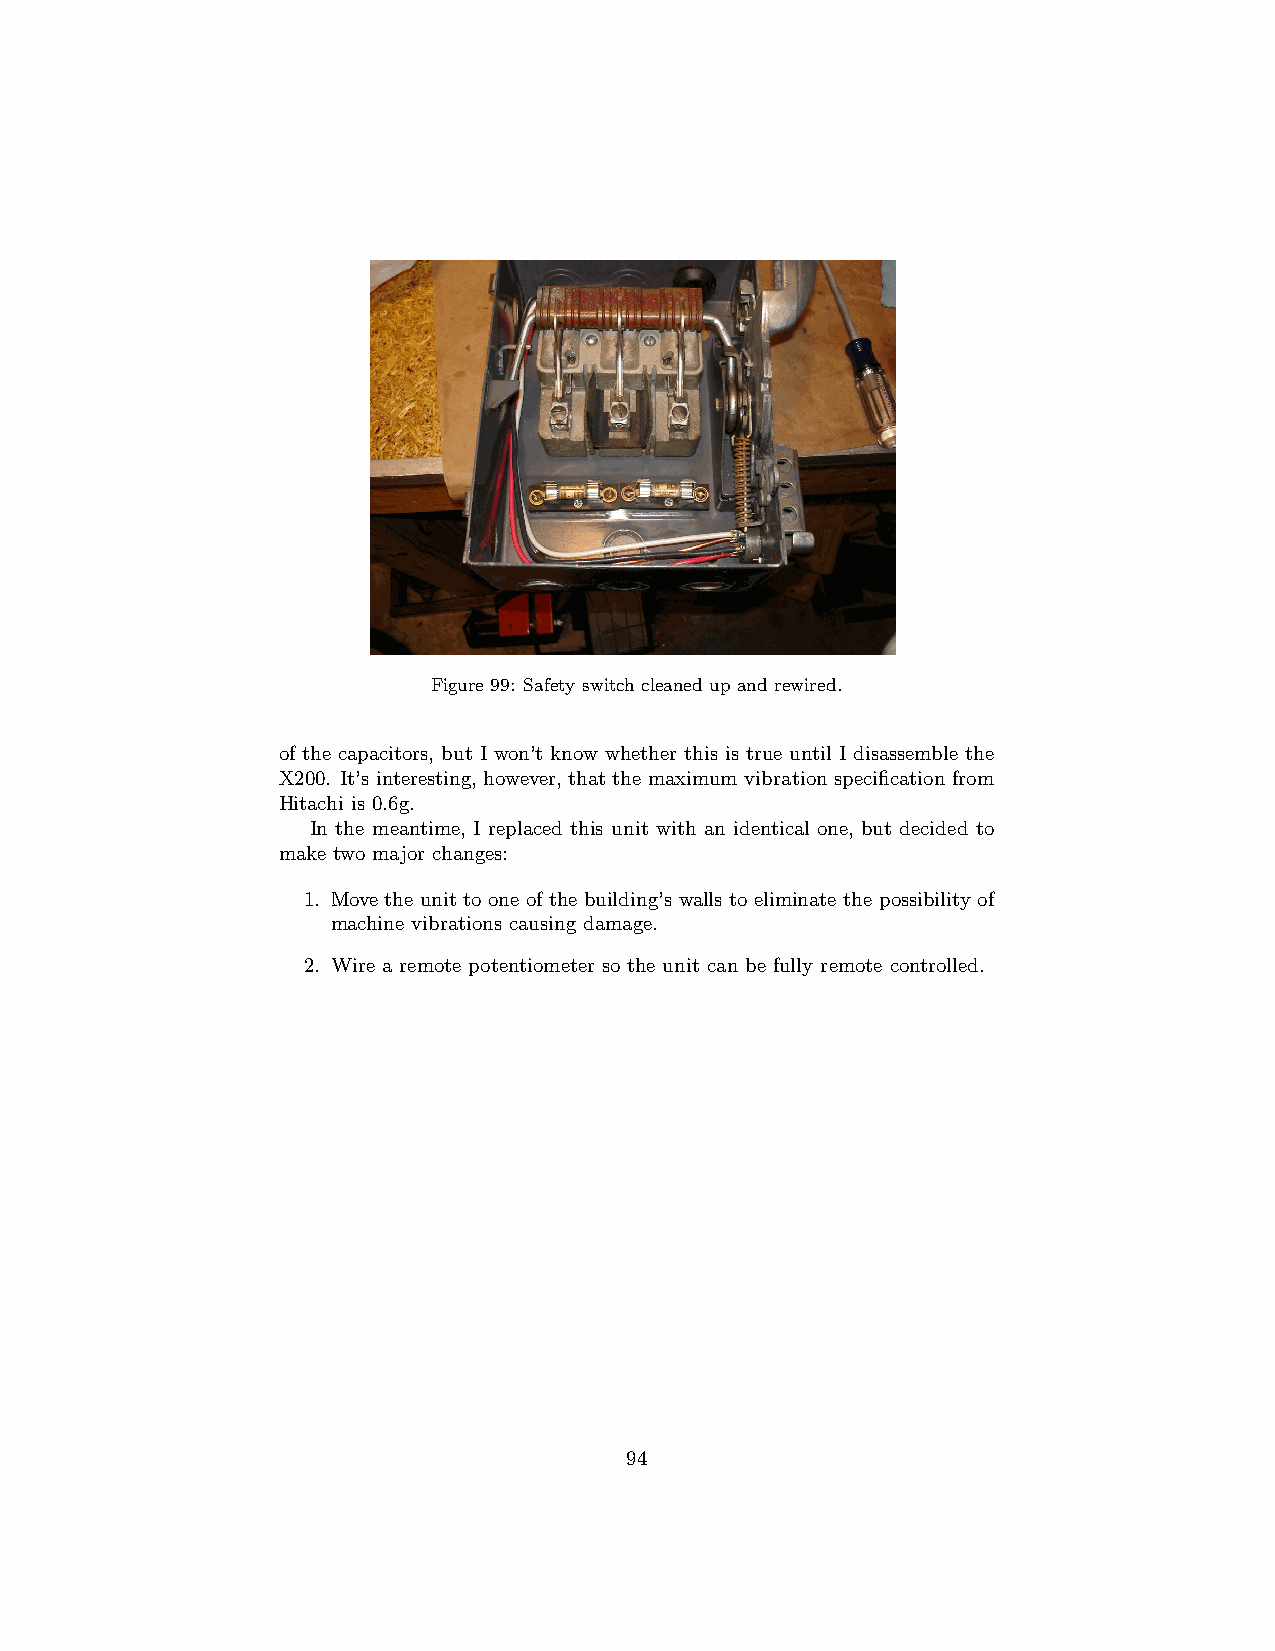
Figure 99: Safety switch cleaned up and rewired.
 of the capacitors, but I won’t know whether this is true until I disassemble the
 X200. It’s interesting, however, that the maximum vibration specification from
 Hitachi is 0.6g.
 In the meantime, I replaced this unit with an identical one, but decided to
 make two major changes:
 1. Move the unit to one of the building’s walls to eliminate the possibility of
 machine vibrations causing damage.
 2. Wire a remote potentiometer so the unit can be fully remote controlled.
 94